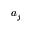
a _ { j }